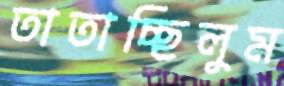
তাতাচ্ছিলুম